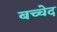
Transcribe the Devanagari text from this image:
बच्चेद